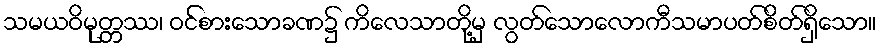
သမယဝိမုတ္တဿ၊ ဝင်စားသောခဏ၌ ကိလေသာတို့မှ လွတ်သောလောကီသမာပတ်စိတ်ရှိသော။